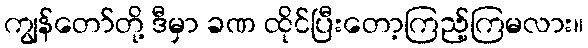
ကျွန်တော်တို့ ဒီမှာ ခဏ ထိုင်ပြီးတော့ကြည့်ကြမလား။